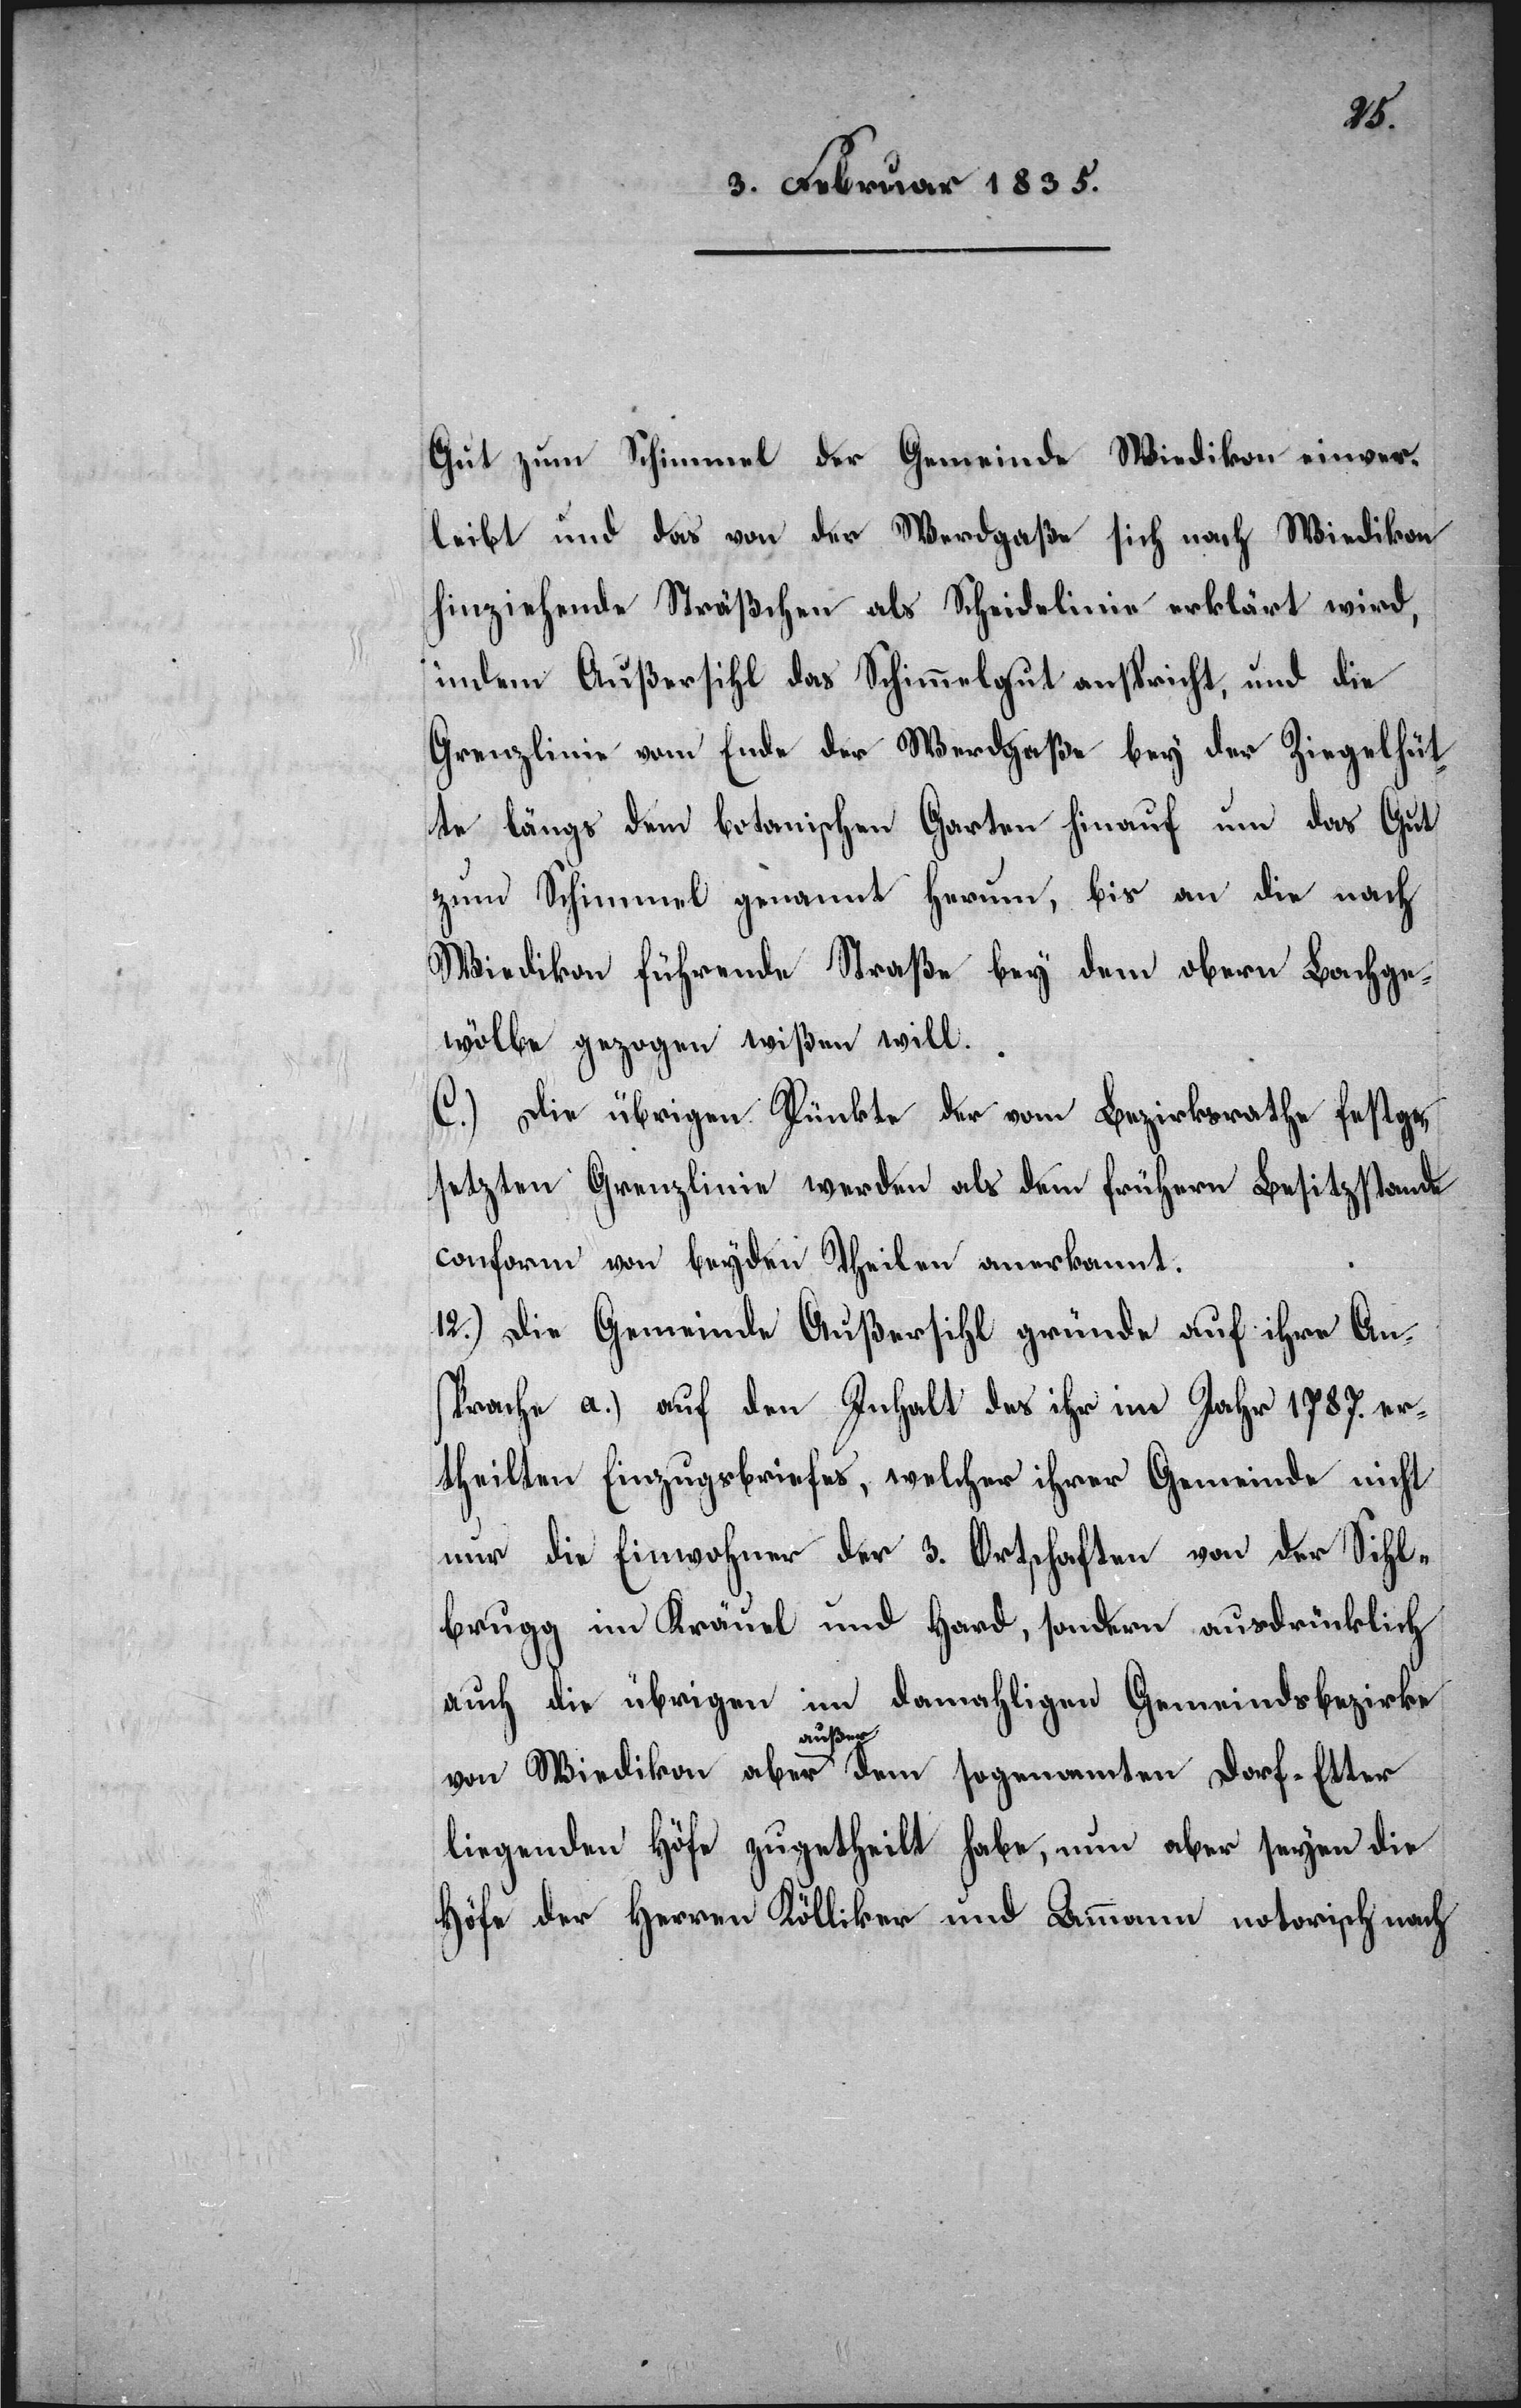
Gut zum Schimmel der Gemeinde Wiedikon einver¬
leibt und das von der Werdgaße sich hinziehende
indem Außersihl das Schimmelgut anspricht und die
Grenzlinie vom Ende der Werdgaße bey der Ziegelhüt¬
te längs dem botanischen Garten hinauf um das Gut
zum Schimmel genannt herum, bis an die nach
Wiedikon führende Straße bey dem obern Bachge¬
wölbe gezogen wißen will.
C.) Die übrigen Pünkte der vom Bezirksrathe festge¬
setzten Grenzlinien werden als dem frühern Besitzstande
conform von beyden Theilen anerkannt.
12.) Die Gemeinde Außersihl gründe auf ihre An¬
sprache a.) auf den Inhalt des ihr im Jahr 1787. er¬
theilten Einzugsbriefes, welcher ihrer Gemeinde nicht
nur die Einwohner der 3. Ortschaften von der Sihl¬
brugg im Kräuel und Hard, sondern ausdrücklich
auch die übrigen im damahligen Gemeindsbezirke
von Wiedikon aber a-außer–a dem sogenannten Dorf-Etter
liegenden Höfe zugetheilt habe, nun aber seyen die
Höfe der Herren Kölliker und Ammann notarisch nach